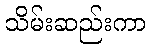
သိမ်းဆည်းကာ